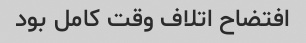
افتضاح اتلاف وقت کامل بود